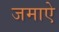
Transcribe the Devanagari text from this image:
जमाऐ